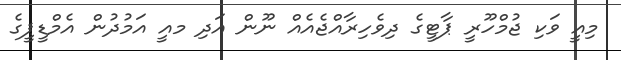
މިއީ ވަކި ޖުމްހޫރީ ޕާޓީގެ ދިވެހިރާއްޖެއެއް ނޫން އަދި މއީ އަމުދުން އެމްޑީޕީގެ